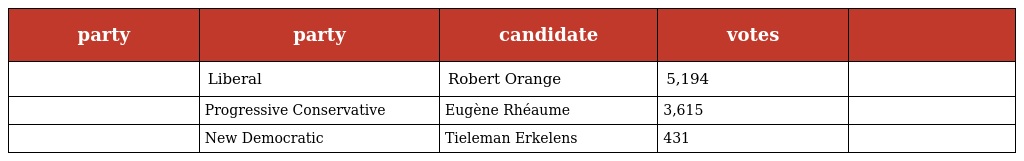
| party | party | candidate | votes |  |
 | --- | --- | --- | --- | --- |
 |  | Liberal | Robert Orange | 5,194 |  |
 |  | Progressive Conservative | Eugène Rhéaume | 3,615 |  |
 |  | New Democratic | Tieleman Erkelens | 431 |  |